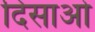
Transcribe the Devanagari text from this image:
दिसाओ